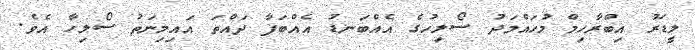
ލީޑަރު އިބްރާހިމް މުހައްމަދު ސޯލިހުގެ އެއްބަނޑު އެއްބަފާ ދައްތަ އައިމިނަތު ސޯލިހާ އެވެ.